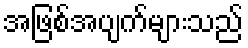
အဖြစ်အပျက်များသည်